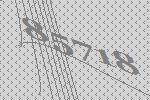
85718